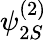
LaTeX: \psi_{2S}^{(2)}